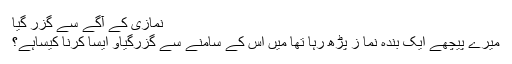
نمازی کے آگے سے گزر گیا
میرے پیچھے ایک بندہ نما ز پڑھ رہا تھا میں اس کے سامنے سے گزرگیاو ایسا کرنا کیساہے؟